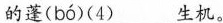
的蓬( bó )(4)___生机。